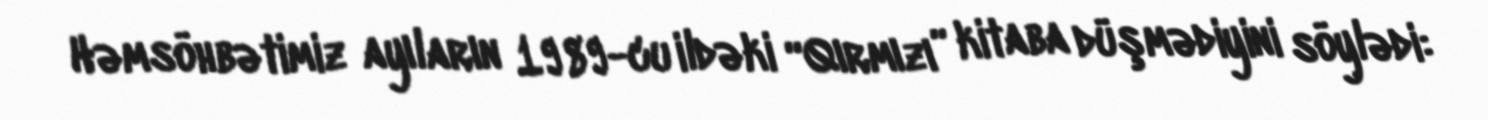
Həmsöhbətimiz ayıların 1989-cu ildəki “Qırmızı” kitaba düşmədiyini söylədi: